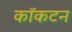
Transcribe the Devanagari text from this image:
कॉकटन